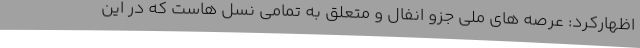
اظهارکرد: عرصه های ملی جزو انفال و متعلق به تمامی نسل هاست که در این